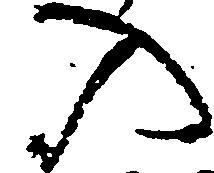
の